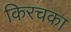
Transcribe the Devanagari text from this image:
किरचका